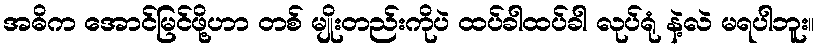
အဓိက အောင်မြင်ဖို့ဟာ တစ် မျိုးတည်းကိုပဲ ထပ်ခါထပ်ခါ လုပ်ရုံ နဲ့လဲ မရပါဘူး။